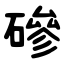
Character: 磣